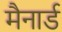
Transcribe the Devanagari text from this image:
मैनार्ड